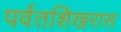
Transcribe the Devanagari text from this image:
पर्वतशिखरास